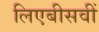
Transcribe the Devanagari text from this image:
लिएबीसवीं